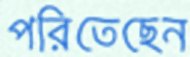
পরিতেছেন